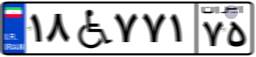
۱۸W۷۷۱۷۵